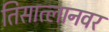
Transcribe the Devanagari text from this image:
तिसात्लानवर